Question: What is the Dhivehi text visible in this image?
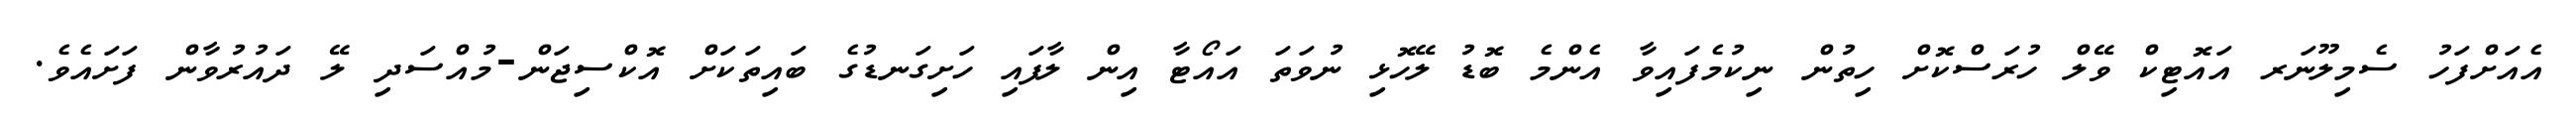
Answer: އެއަށްފަހު ސެމިލޫނަރ އައޮޓިކް ވޭލް ހުރަސްކޮށް ހިތުން ނިކުމެފައިވާ އެންމެ ބޮޑު ލޭހޮޅި ނުވަތަ އައޯޓާ އިން ލާފައި ހަށިގަނޑުގެ ބައިތަކަށް އޮކްސިޖަން-މުއްސަދި ލޭ ދައުރުވާން ފަށައެވެ.